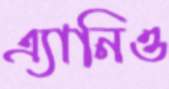
এ্যানিও